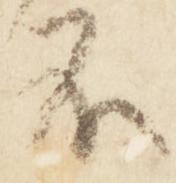
不